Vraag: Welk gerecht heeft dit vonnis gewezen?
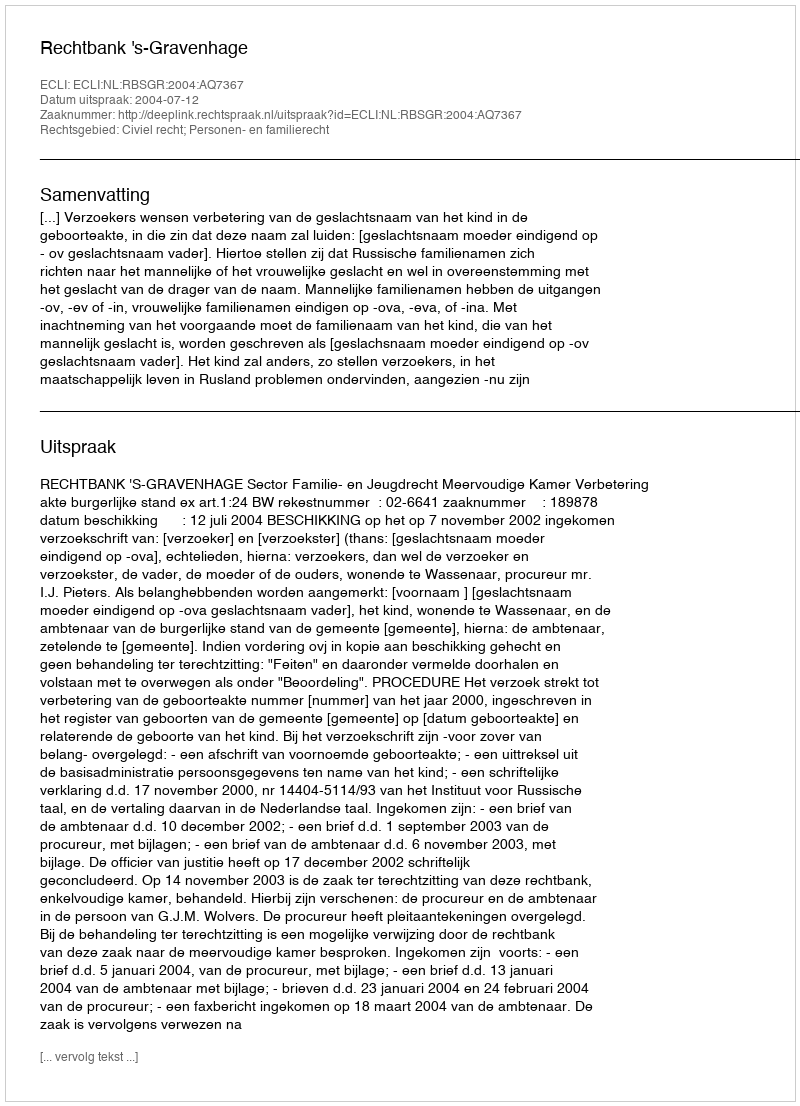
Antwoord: Rechtbank 's-Gravenhage